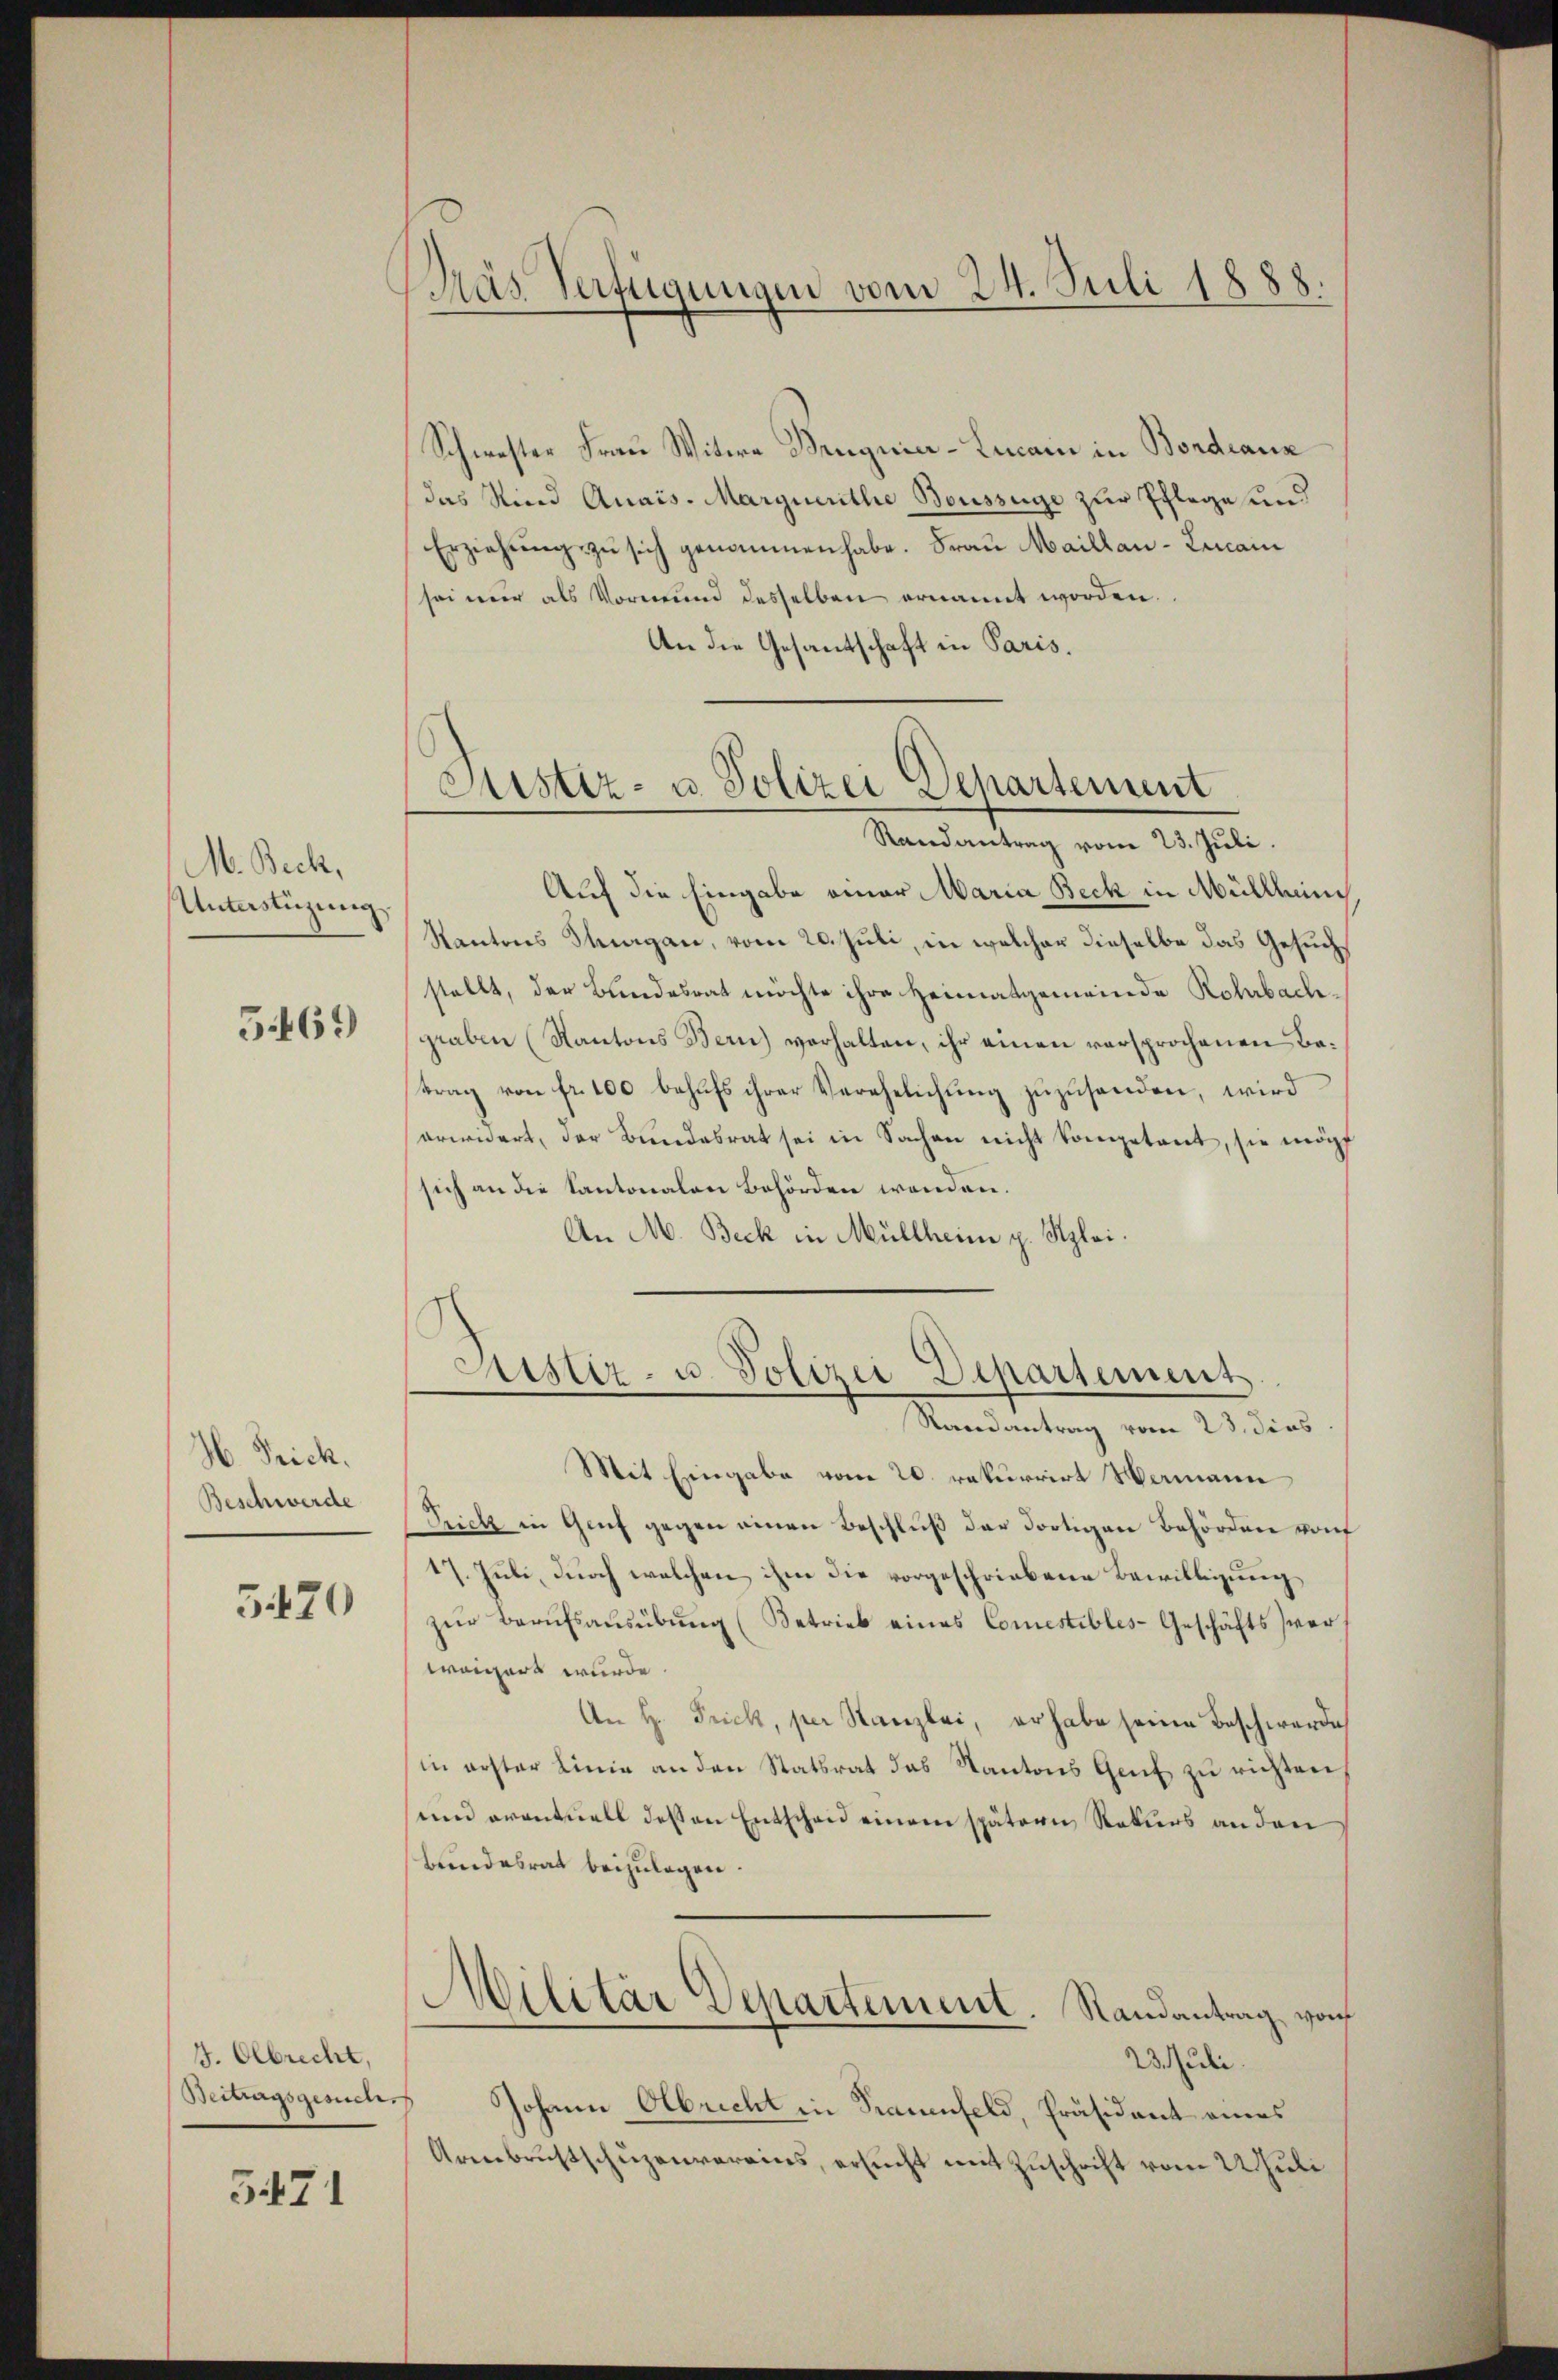
M. Beck,
Unterstüzung

5469

H. Frick.
Beschwerde

5420

J. Olbrecht,

5471

Bras Verfügungen vom 24. Juli 1888.

Schwester Frau Witwe Bruguier-Lucani in Bordeaux
(das Kind Quais. Marquerithe Bouszüge zur Pflege und
Erziehŭng zu sich genommen habe. Frau Maillau-Lencan
sei mir als Vormund desselben ernannt worden.
An die Gesandtschaft in Paris.

Sistiz- u. Polizei Departement
Randantrag vom 23. Juli.

Astiz- u. Polizei Departement
Randantrag vom 23. dies

Auf die Eingabe einer Maria Beck in Müllheim
Kantons Thurgau, vom 20. Juli, in welcher dieselbe das Gesuchstellt, der Bundesrat möchte ihre Heimatgemeinde Rohrbachgraben (Kantons Bern) verhalten, ihr einen versprochenen Betrag von fr. 100 behufs ihrer Verehelichung zuzusenden, wird
erwidert, der Bundesrat sei in Sachen nicht kompetent, sie mögt
sich an die Kantonalen Behörden wenden.
An M. Beck in Müllheim p. Kzlai.

Mit Eingabe vom 20. rekurrirt Wermann
Trich in Genf gegen einen Beschluß der dortigen Behörden von
17. Juli, durch welchen ihm die vorgeschriebene Bewilligung
zur Berufsausübung (Betrieb eines Comestibles-Geschäftsverweigert wurde.
An H. Frick, per Hanzlei, er habe seine Beschwerde
in erster Linie an den Statsrat das Kantons Genf zu richten,
und eventuell deßen Entschen einem spätern Rekurs anden
bundesrat beizulegen.
Militär Departement. Randantrag von
23. Juli.
Beitragsgesuch Johann Albrecht in Trauenfeld, Präsident eines
Armbrustschuzenvereins, ersucht mit Zuschrift vom 22 Juli